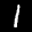
Label: 1